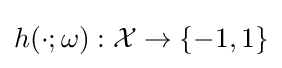
h(\cdot ;\omega ):{\mathcal {X}}\to \{-1,1\}